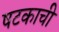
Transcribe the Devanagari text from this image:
षटकाची